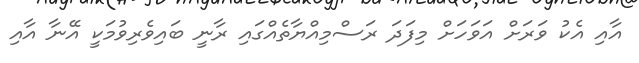
އާއި އެކު ވަރަށް އަވަހަށް މިފަދަ ރަސްމިއްޔާތެއްގައި ރާނީ ބައިވެރިވުމަކީ އޭނާ އާއި